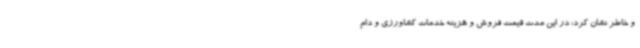
و خاطر نشان کرد: در این مدت قیمت فروش و هزینه خدمات کشاورزی و دام